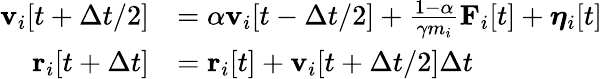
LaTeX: \begin{array}{rl}{\mathbf{v}_{i}[t+\Delta t/2]}&{=\alpha\mathbf{v}_{i}[t-\Delta t/2]+\frac{1-\alpha}{\gamma m_{i}}\mathbf{F}_{i}[t]+\boldsymbol{\eta}_{i}[t]}\\ {\mathbf{r}_{i}[t+\Delta t]}&{=\mathbf{r}_{i}[t]+\mathbf{v}_{i}[t+\Delta t/2]\Delta t}\end{array}